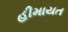
હીમાયત